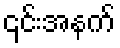
၎င်းအနက်